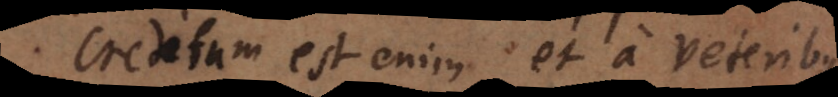
Creditum est enim et a veteribus